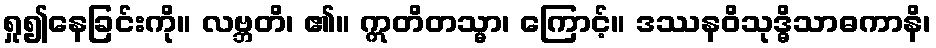
ရှု၍နေခြင်းကို။ လဗ္ဘတိ၊ ၏။ ဣတိတသ္မာ၊ ကြောင့်။ ဒဿနဝိသုဒ္ဓိသာဓကာနိ၊